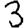
Digit: 3